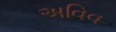
અવિવ